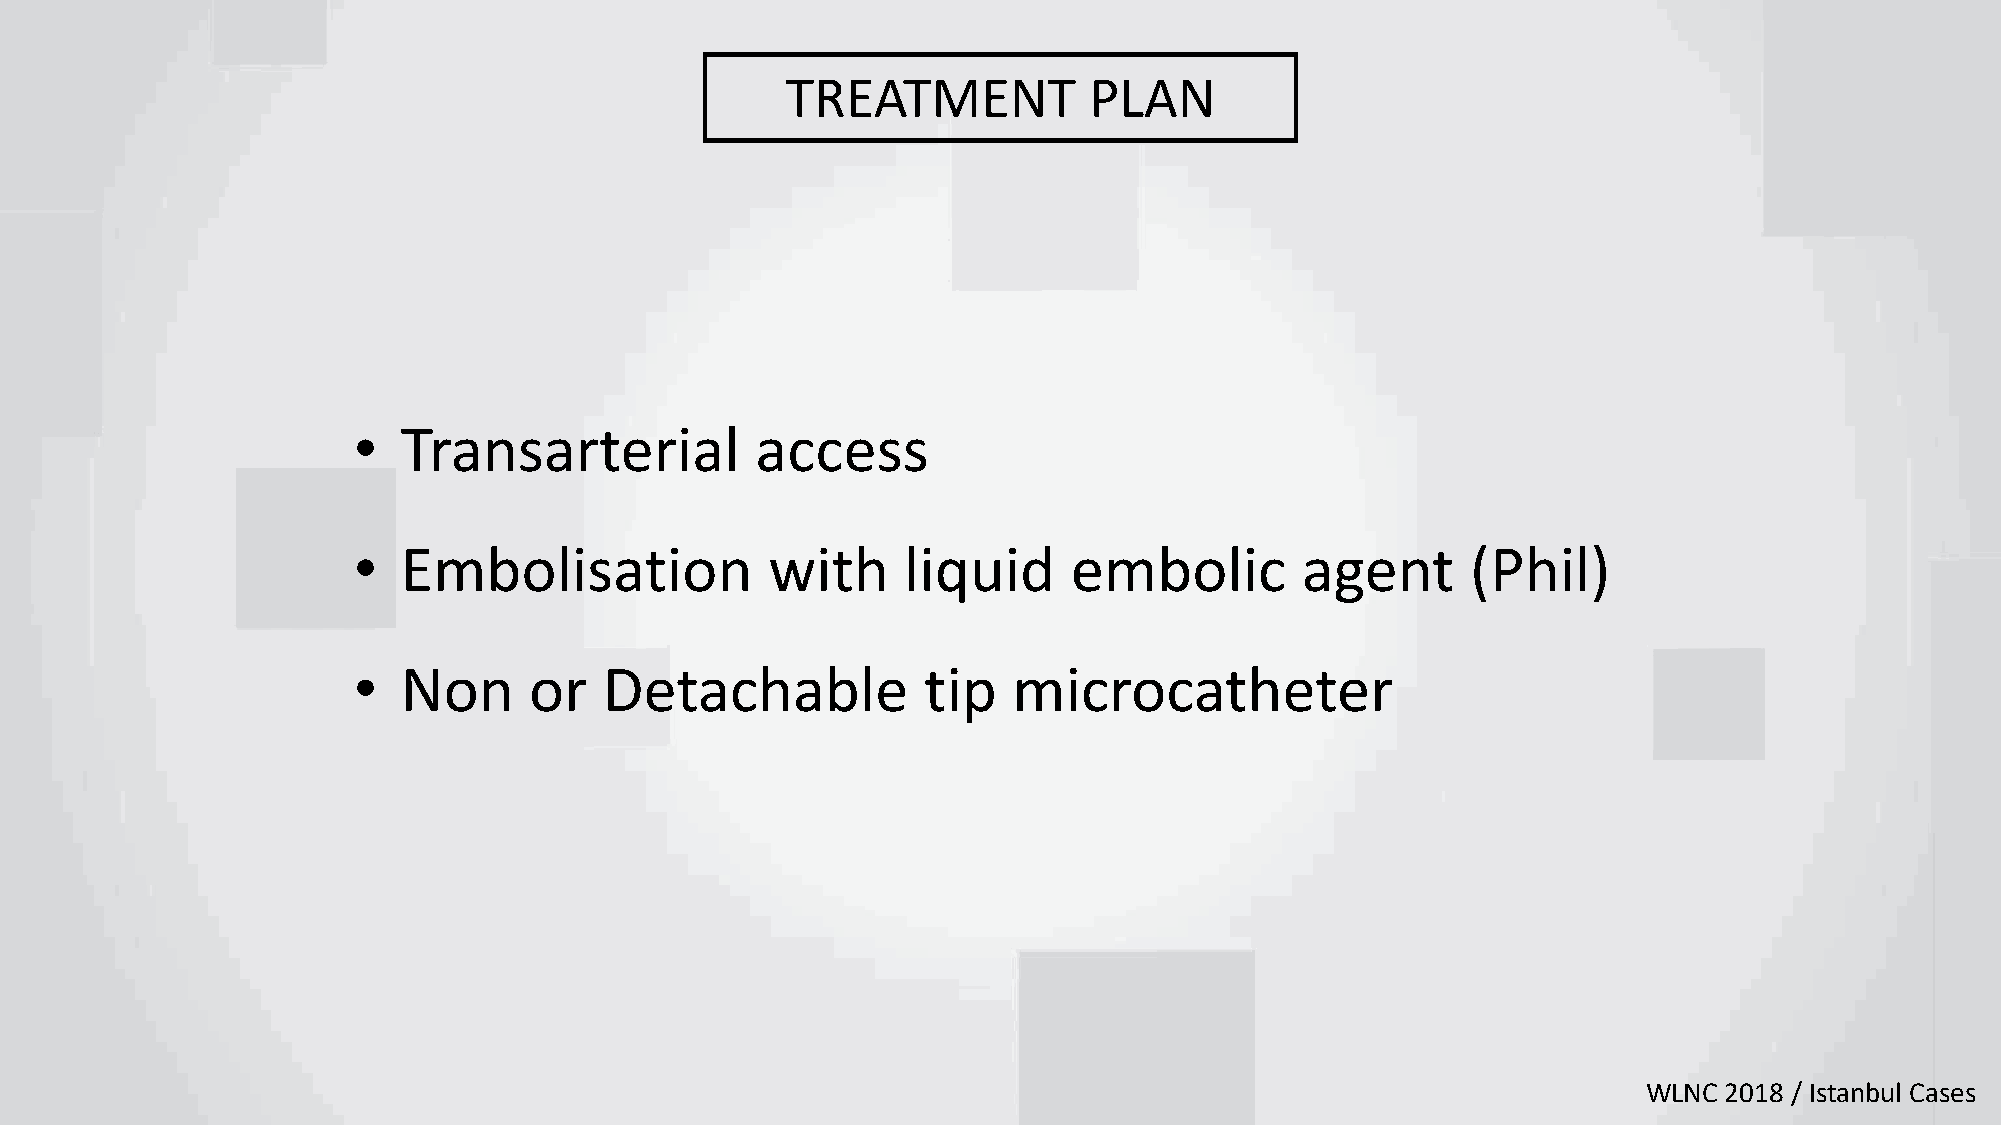
TREATMENT           PLAN
 •   Transarterial          access
 •   Embolisation            with     liquid     embolic        agent      (Phil)
 •   Non     or   Detachable           tip   microcatheter
 WLNC 2018 / Istanbul Cases